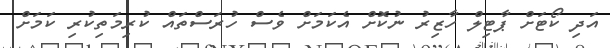
އަދި ކޯޓަށް ޕާޓިލް ހާޒިރު ނުކޮށް އެކަމަށް ވެސް ހުރަސްތައް ކުރިމަތިކުރި ކަމަށް